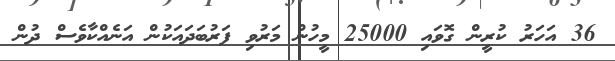
36 އަހަރު ކުރީން ގޮވައި 25000 މީހުން މަރުވި ފަރުބަދައަކުން އަނެއްކާވެސް ދުން